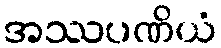
အဿပဏိယံ